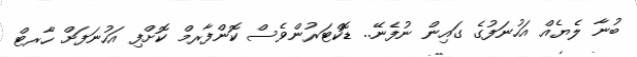
ބުނާ ލެޔެއް އަހުނަފުގެ ގައިން ނުފެނޭ.. ޑޮކްޓަރުންވެސް ކޮންފާރމް ކޮށްފި އަހުނަފަށް ހާރޓް